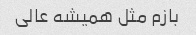
بازم مثل همیشه عالی